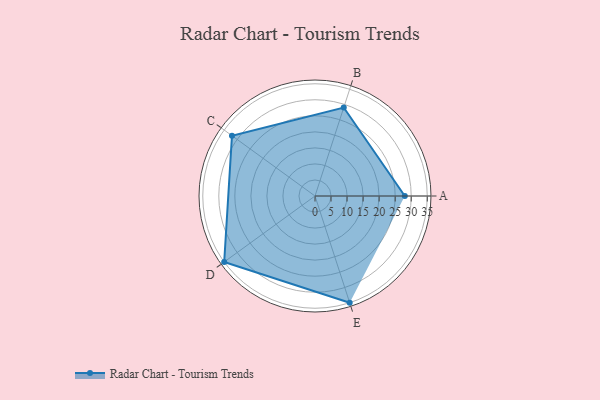
{"axis": {"x": "Skill", "y": "Score"}, "legend": ["Profile"], "data": [{"x": "A", "y": 28.0, "type": "Profile"}, {"x": "B", "y": 29.0, "type": "Profile"}, {"x": "C", "y": 32.0, "type": "Profile"}, {"x": "D", "y": 35.0, "type": "Profile"}, {"x": "E", "y": 35.0, "type": "Profile"}]}